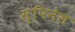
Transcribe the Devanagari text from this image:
स्पिनेल